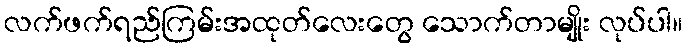
လက်ဖက်ရည်ကြမ်းအထုတ်လေးတွေ သောက်တာမျိုး လုပ်ပါ။